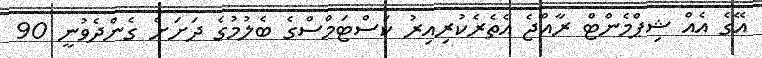
އޭގެ އެއް ޝިޕްމެންޓް ރާއްޖެ އެތެރެކުރިއިރު ކަސްޓަމްސްގެ ބެލުމުގެ ދަށަށް ގެންދެވުނީ 90